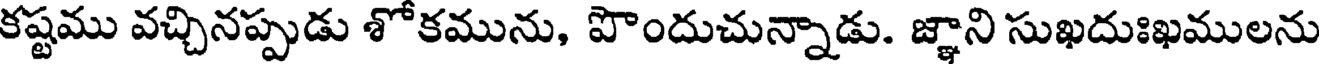
కష్టము వచ్చినప్పుడు శోకమును, పొందుచున్నాడు. జ్ఞాని సుఖదుఃఖములను